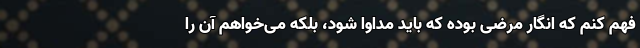
فهم کنم که انگار مرضی بوده که باید مداوا شود، بلکه می‌خواهم آن را